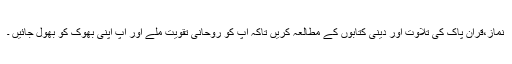
نماز،قرآن پاک کی تلاوت اور دینی کتابوں کے مطالعہ کریں تاکہ آپ کو روحانی تقویت ملے اور آپ اپنی بھوک کو بھول جائیں ۔